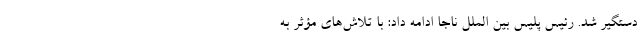
دستگیر شد. رئیس پلیس بین الملل ناجا ادامه داد: با تلاش‌های مؤثر به